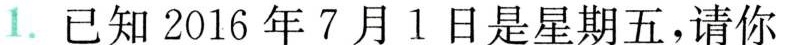
1.已知2016年7月1日是星期五，请你